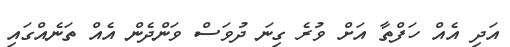
އަދި އެއް ހަފްތާ އަށް ވުރެ ގިނަ ދުވަސް ވަންދެން އެއް ތަނެއްގައި